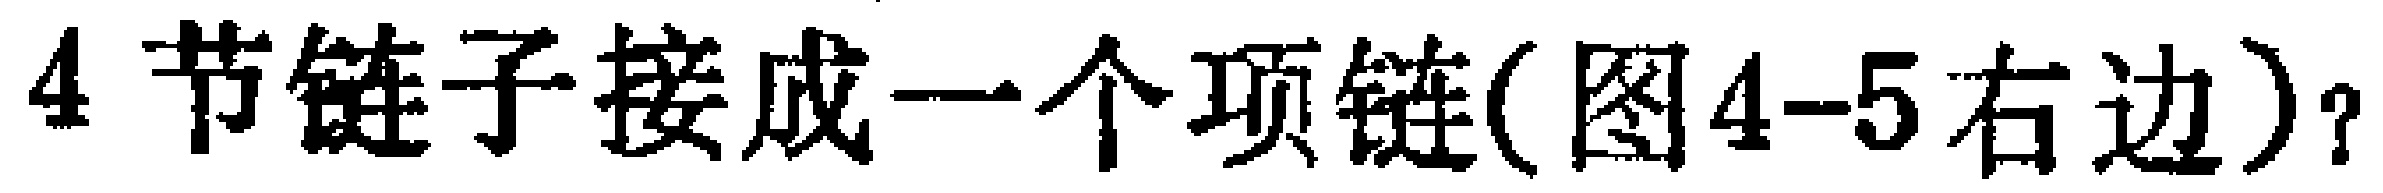
4节链子接成一个项链(图4-5右边)？